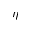
\eta